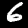
Label: 6